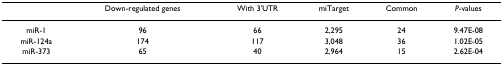
<table><thead><tr><td></td><td><b>Down-regulated genes</b></td><td><b>With 3&#x27;UTR</b></td><td><b>miTarget</b></td><td><b>Common</b></td><td><b><i>P</i>-values</b></td></tr></thead><tbody><tr><td>miR-1</td><td>96</td><td>66</td><td>2,295</td><td>24</td><td>9.47E-08</td></tr><tr><td>miR-124a</td><td>174</td><td>117</td><td>3,048</td><td>36</td><td>1.02E-05</td></tr><tr><td>miR-373</td><td>65</td><td>40</td><td>2,964</td><td>15</td><td>2.62E-04</td></tr></tbody></table>